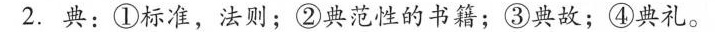
2.典：①标准，法则；②典范性的书籍；③典故；④典礼。